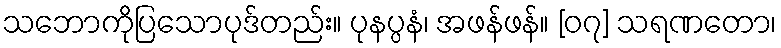
သဘောကိုပြသောပုဒ်တည်း။ ပုနပ္ပနံ၊ အဖန်ဖန်။ [၀၇] သရဏတော၊